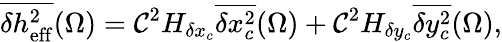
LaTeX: \overline{{\delta h_{\mathrm{eff}}^{2}}}(\Omega)=\mathcal{C}^{2}H_{\delta x_{c}}\overline{{\delta x_{c}^{2}}}(\Omega)+\mathcal{C}^{2}H_{\delta y_{c}}\overline{{\delta y_{c}^{2}}}(\Omega),